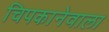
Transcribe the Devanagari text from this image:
चिपकानेवाला